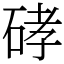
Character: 硣